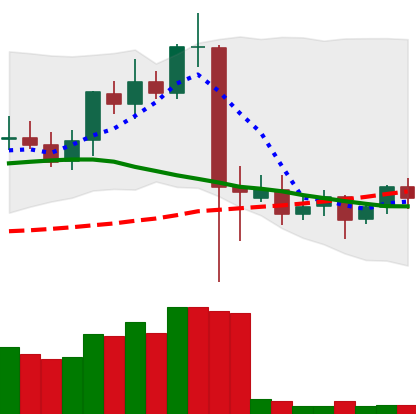
Ticker: ETC-USD
Chart end date: 2021-09-16
Forward return: -21.157%
Label: down_7plus